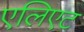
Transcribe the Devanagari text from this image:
एलिएट